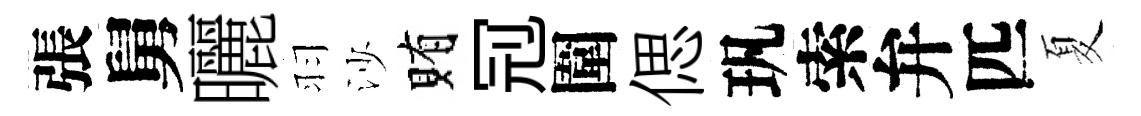
張舅曬羽沙賄𠜍圍偲㺬索弁匹夏